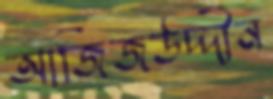
আজিজউদ্দীন